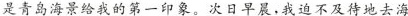
是青岛海景给我的第一印象。次日早晨，我迫不及待地去海